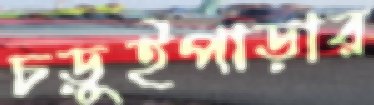
চড়ুইপাড়ার